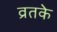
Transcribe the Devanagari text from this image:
व्रतके